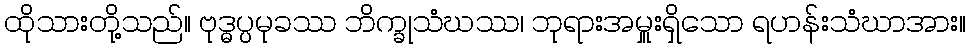
ထိုသားတို့သည်။ ဗုဒ္ဓပ္ပမုခဿ ဘိက္ခုသံဃဿ၊ ဘုရားအမှူးရှိသော ရဟန်းသံဃာအား။